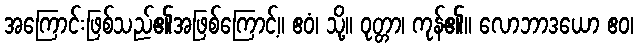
အကြောင်းဖြစ်သည်၏အဖြစ်ကြောင့်။ ဧဝံ၊ သို့။ ဝုတ္တာ၊ ကုန်၏။ လောဘာဒယော ဧဝ၊